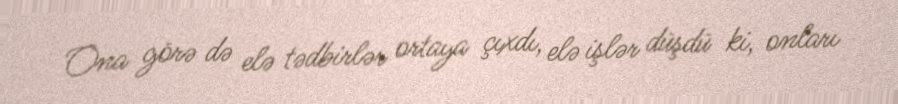
Ona görə də elə tədbirlər ortaya çıxdı, elə işlər düşdü ki, onları